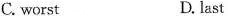
C. worst D, last